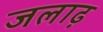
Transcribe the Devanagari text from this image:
जलाढ़